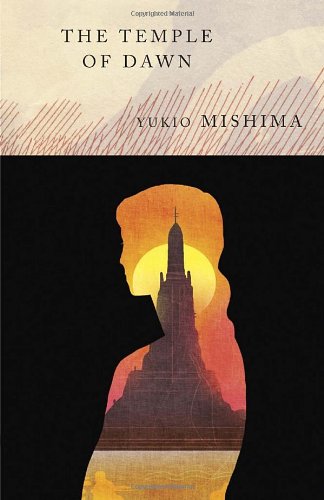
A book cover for The Temple of Dawn: The Sea of Fertility, 3; Yukio Mishima; Literature & Fiction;